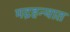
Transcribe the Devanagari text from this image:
मद्रहन्यात